Vaccination North-Western Provinces 1866-1877 - 1866-1877
Year: 1866
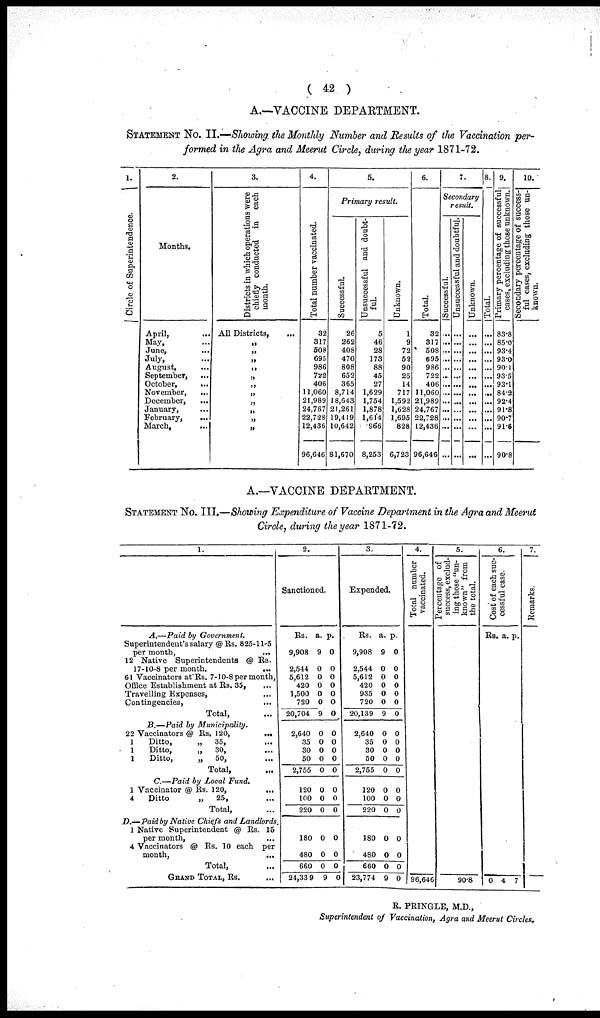
( 42 )
A.—VACCINE DEPARTMENT.
STATEMENT No. II.—Showing the Monthly Number and Results of the Vaccination per-
formed in the Agra and Meerut Circle, during the year 1871-72.
1.
Circle of Superintendence.
2.
Months.
April, ...
May, ...
June,
...
July, ...
August, ...
September, ...
October,
...
November,
...
December,
...
January, ...
February,
...
March,
...
3.
Districts in which operations were
chiefly conducted in
each
month.
All Districts,
...
„
„
„
„
„
„
„
„
„
„
„
4.
Total number vaccinated.
32
317
508
695
986
722
406
11,060
21,989
24,767
22,728
12,436
96,646
5.
Primary
result.
Successful.
26
262
408
470
808
652
365
8,714
18,643
21,261
19,419
10,642
81,670
Unsuccessful and doubt-
ful.
5
46
28
173
88
45
27
1,629
1,754
1,878
1,614
966
8,253
Unknown.
1
9
72
52
90
25
14
717
1,592
1,628
1,695
828
6,723
6.
Tot al .
32
317
508
695
986
722
406
11,060
21,989
24,767
22,728
12,436
96,646
7.
Secondary
result.
Successful.
...
...
...
...
...
...
...
...
...
...
...
...
...
Unsuccessful and doubtful.
...
...
...
...
...
...
...
...
...
...
...
...
...
Unknown.
...
...
...
...
...
...
...
...
...
...
...
...
...
8.
Total.
...
...
...
...
...
...
...
...
...
...
...
...
...
9.
Primary percentage of successful
cases, excluding those unknown.
83.8
85.0
93.4
93.0
90.1
93.5
93.1
84.2
92.4
91.8
90.7
91.6
90.8
10.
Secondary percentage of success-
ful cases, excluding those un-
known.
A.—VACCINE DEPARTMENT.
STATEMENT No. III.—Showing Expenditure of Vaccine Department in the Agra and Meerut
Circle, during the year 1871-72.
1.
A.—Paid
by Government
Superintendent's salary @Rs. 825-11-5
per month,
...
12 Native Superintendents@ Rs.
17-10-8 per month.
...
61 Vaccinators at Rs. 7-10-8 per month,
Office Establishment at Rs. 35,
Travelling Expenses, ...
Contingencies, ...
Total, ...
B.—Paid
by
Municipality.
22 Vaccinators @ Rs.
120,
...
1
Ditto,
„ 35,
1
Ditto,
„
30,
1
Ditto,
„ 50,
Total, ...
C.—Paid by Local Fund.
1 Vaccinator @ Rs. 120, ...
4
Ditto
„
25,
Total, ...
D.—Paid by Native Chiefs and Landlords.
1 Native Superintendent @ Rs. 15
per month, ...
4 Vaccinators @ Rs. 10 each per
month,
...
Total, ...
GRAND TOTAL, Rs. ...
2.
Sanctioned.
Rs.
9,908
2,544
5,612
420
1,500
720
20,704
2,640
35
30
50
2,755
120
100
220
180
480
660
24,33 9
a.
9
0
0
0
0
0
9
0
0
0
0
0
0
0
0
0
0
0
9
p.
0
0
0
0
0
0
0
0
0
0
0
0
0
0
0
0
0
0
0
3.
Expended.
Rs.
9,908
2,544
5,612
420
935
720
20,139
2,640
35
30
50
2,755
120
100
220
180
480
660
23,774
a.
9
0
0
0
0
0
9
0
0
0
0
0
0
0
0
0
0
0
9
p.
0
0
0
0
0
0
0
0
0
0
0
0
0
0
0
0
0
0
0
4.
Total number
vaccinated.
96,646
5.
Percentage of
success, exclud-
ing those "un-
known" from
the total.
90.8
6.
Cost of each suc¬
cessful case.
Rs.
0
a.
4
p.
7
7.
Remarks.
R. PRINGLE, M.D.,
Superintendent of Vaccination, Agra and Meerut Circles.